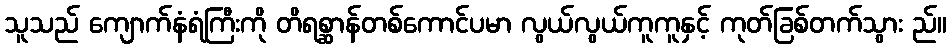
သူသည် ကျောက်နံရံကြီးကို တိရစ္ဆာန်တစ်ကောင်ပမာ လွယ်လွယ်ကူကူနှင့် ကုတ်ခြစ်တက်သွား ည်။